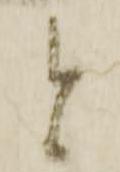
と